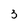
Character: 3